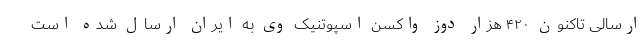
ارسالی تاکنون ۴۲۰ هزار دوز واکسن اسپوتنیک وی به ایران ارسال شده است